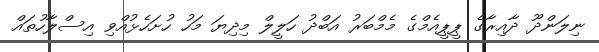
ނިލަންދޫ ދާއިރާގެ ޕީޕީއެމްގެ މެމްބަރު އަބްދު ހަލީލް މިދިޔަ މަހު ހުށަހެޅުއްވި އިސްލާހުތައް